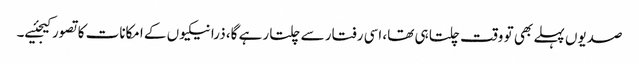
صدیوں پہلے بھی تو وقت چلتا ہی تھا، اسی رفتار سے چلتا رہے گا، ذرا نیکیوں کے امکانات کا تصور کیجئیے۔